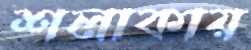
শলাকায়